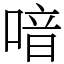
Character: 喑